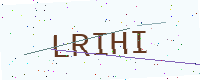
Text: LRIHI